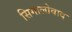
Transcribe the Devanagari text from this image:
सिगालोवाद